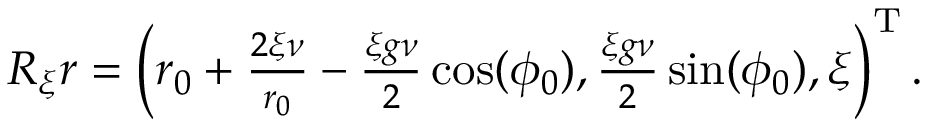
\begin{array} { r } { R _ { \xi } r = \left( r _ { 0 } + \frac { 2 \xi \nu } { r _ { 0 } } - \frac { \xi g \nu } { 2 } \cos ( \phi _ { 0 } ) , \frac { \xi g \nu } { 2 } \sin ( \phi _ { 0 } ) , \xi \right) ^ { \mathrm { T } } . } \end{array}